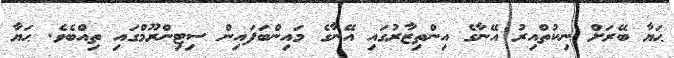
ޙަޔާ ބޭރަށް ނިކުތްއިރު އޭނާގެ އިންތިޒާރުގައި އޭނާގެ މައިންބަފައިން ސިޓިންރޫމްގައި ތިއްބެވެ. ޙަޔާ